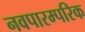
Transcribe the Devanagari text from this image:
नवपारम्परिक